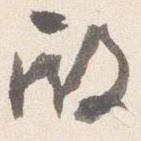
殿